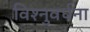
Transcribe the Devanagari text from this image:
विश्नुवर्धना